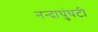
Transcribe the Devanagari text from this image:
नन्दाघंुघटी